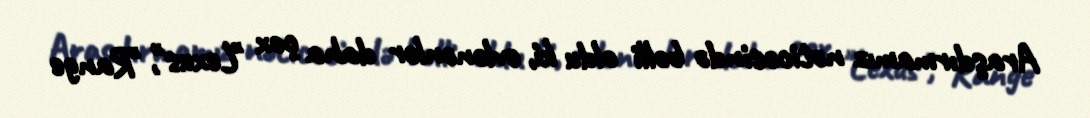
Araşdırmamız nəticəsində bəlli oldu ki, evlənənlər daha çox "Lexus", "Range